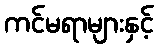
ကင်မရာများနှင့်